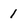
Character: 1